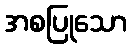
အစပြုသော